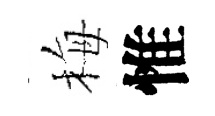
梅惟